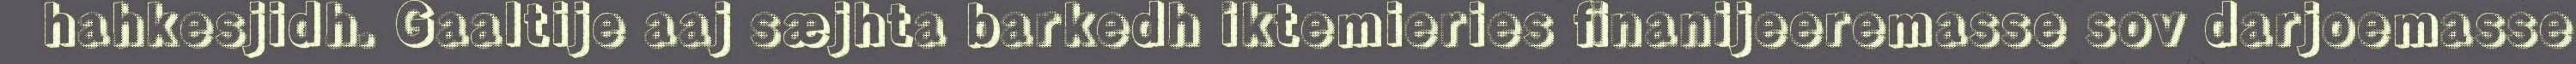
hahkesjidh. Gaaltije aaj sæjhta barkedh iktemieries finanijeeremasse sov darjoemasse